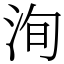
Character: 洵